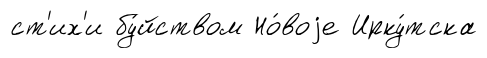
ст'их'и бу́йством Но́воjе Ирку́тска